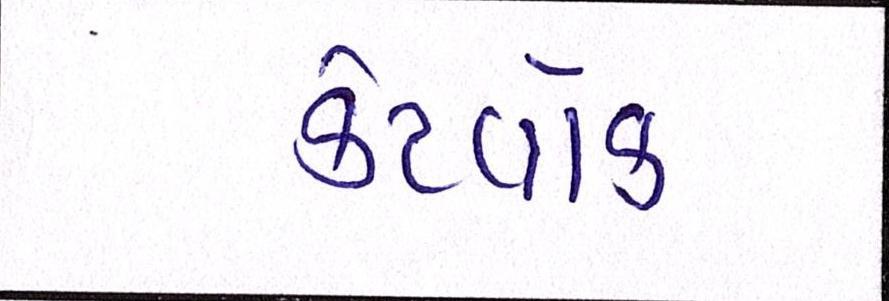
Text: કેટવોક